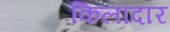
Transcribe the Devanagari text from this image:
किलादार